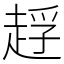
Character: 䞯